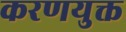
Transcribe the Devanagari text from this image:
करणयुक्त